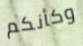
وكأنكم